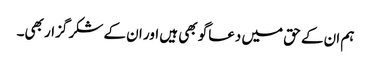
ہم ان کے حق میں دعاگو بھی ہیں اور ان کے شکر گزار بھی۔